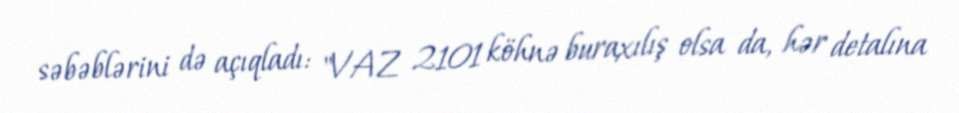
səbəblərini də açıqladı: "VAZ 2101 köhnə buraxılış olsa da, hər detalına